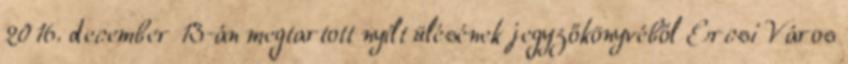
2016. december 13-án megtartott nyílt ülésének jegyzőkönyvéből Ercsi Város